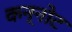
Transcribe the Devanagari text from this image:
कन्नोट